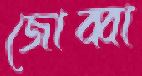
জোব্বা